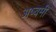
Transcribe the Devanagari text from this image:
अष्वमी